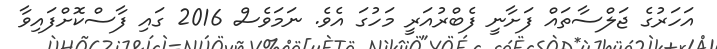
އަހަރުގެ ޖަލްސާތައް ފަށާނީ ފެބްރުއަރީ މަހުގަ އެވެ. ނަމަވެސް 2016 ގައި ފާސްކޮށްފައިވާ